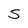
Character: S